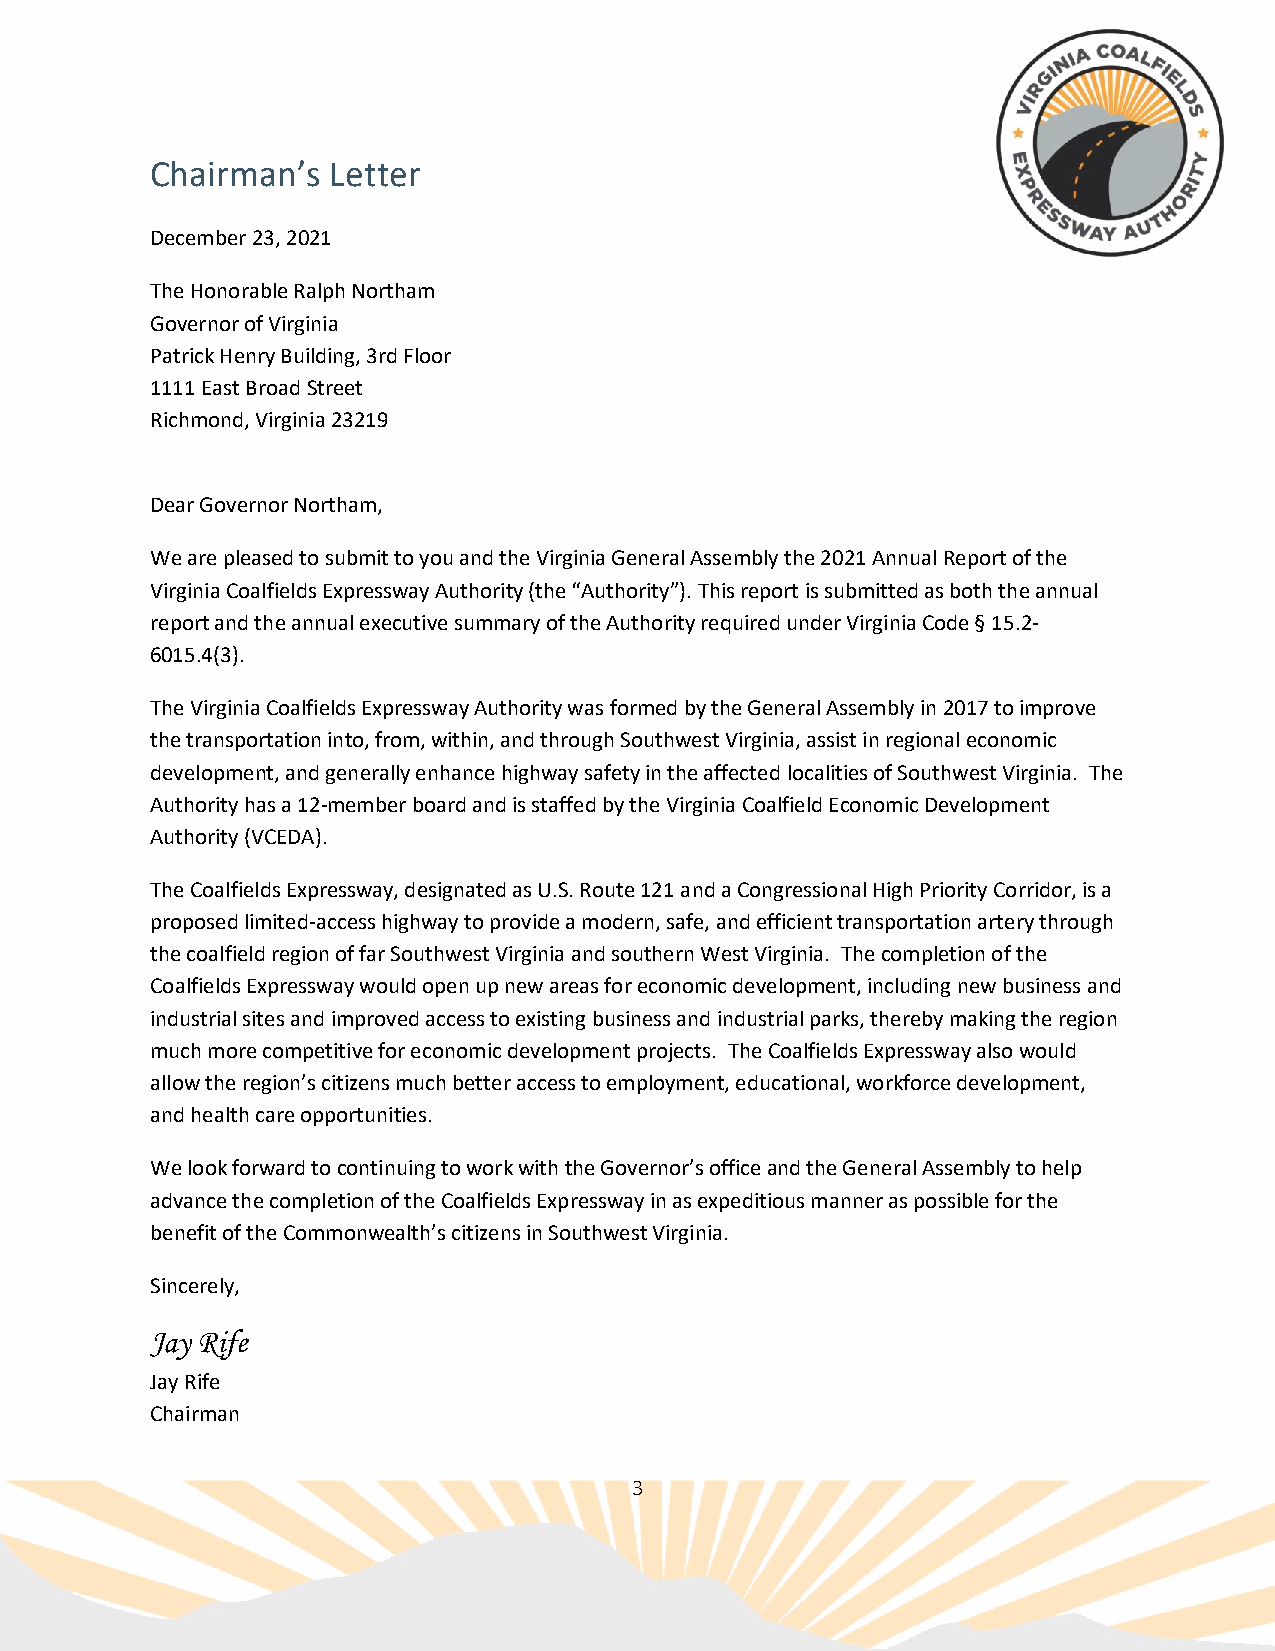
Chairman’s  Letter
 December 23, 2021
 The Honorable Ralph Northam
 Governor of Virginia
 Patrick Henry Building, 3rd Floor
 1111 East Broad Street
 Richmond, Virginia 23219
 Dear Governor Northam,
 We are pleased to submit to you and the Virginia General Assembly the 2021 Annual Report of the
 Virginia Coalfields Expressway Authority (the “Authority”). This report is submitted as both the annual
 report and the annual executive summary of the Authority required under Virginia Code § 15.2-
 6015.4(3).
 The Virginia Coalfields Expressway Authority was formed by the General Assembly in 2017 to improve
 the transportation into, from, within, and through Southwest Virginia, assist in regional economic
 development, and generally enhance highway safety in the affected localities of Southwest Virginia. The
 Authority has a 12-member board and is staffed by the Virginia Coalfield Economic Development
 Authority (VCEDA).
 The Coalfields Expressway, designated as U.S. Route 121 and a Congressional High Priority Corridor, is a
 proposed limited-access highway to provide a modern, safe, and efficient transportation artery through
 the coalfield region of far Southwest Virginia and southern West Virginia. The completion of the
 Coalfields Expressway would open up new areas for economic development, including new business and
 industrial sites and improved access to existing business and industrial parks, thereby making the region
 much more competitive for economic development projects. The Coalfields Expressway also would
 allow the region’s citizens much better access to employment, educational, workforce development,
 and health care opportunities.
 We look forward to continuing to work with the Governor’s office and the General Assembly to help
 advance the completion of the Coalfields Expressway in as expeditious manner as possible for the
 benefit of the Commonwealth’s citizens in Southwest Virginia.
 Sincerely,
 Jay Rife
 Jay Rife
 Chairman
 3